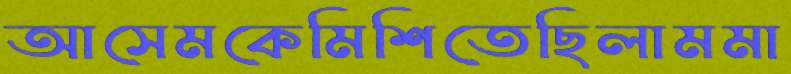
আসেমকেমিশিতেছিলামমা